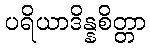
ပရိယာဒိန္နစိတ္တာ